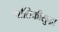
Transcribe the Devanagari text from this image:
भौतिकीसुद्धा